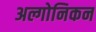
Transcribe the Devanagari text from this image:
अल्गोनिकन